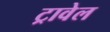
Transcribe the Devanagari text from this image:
ट्रावेल